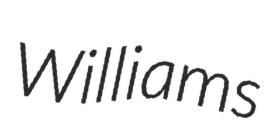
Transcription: Williams